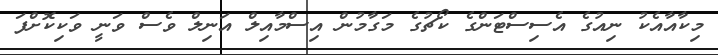
މިކާއާއެކު ނިއުގެ އެސިސްޓަންގެ ކޯޗުގެ މަގާމުން އިސްމާއިލް އަނިލް ވެސް ވަނީ ވަކިކޮށްފަ